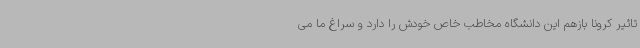
تاثیر کرونا بازهم این دانشگاه مخاطب خاص خودش را دارد و سراغ ما می